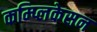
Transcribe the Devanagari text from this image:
कम्प्लिकेसन